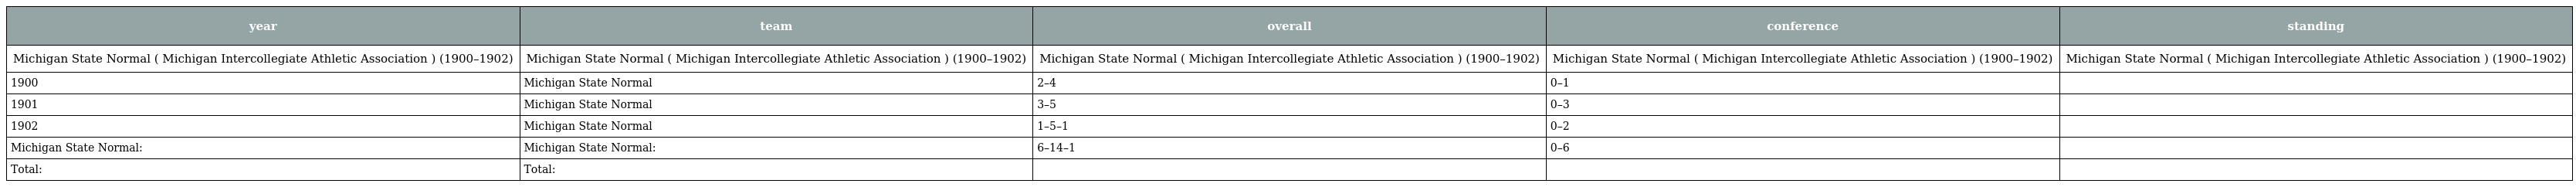
| year | team | overall | conference | standing |
 | --- | --- | --- | --- | --- |
 | Michigan State Normal ( Michigan Intercollegiate Athletic Association ) (1900–1902) | Michigan State Normal ( Michigan Intercollegiate Athletic Association ) (1900–1902) | Michigan State Normal ( Michigan Intercollegiate Athletic Association ) (1900–1902) | Michigan State Normal ( Michigan Intercollegiate Athletic Association ) (1900–1902) | Michigan State Normal ( Michigan Intercollegiate Athletic Association ) (1900–1902) |
 | 1900 | Michigan State Normal | 2–4 | 0–1 |  |
 | 1901 | Michigan State Normal | 3–5 | 0–3 |  |
 | 1902 | Michigan State Normal | 1–5–1 | 0–2 |  |
 | Michigan State Normal: | Michigan State Normal: | 6–14–1 | 0–6 |  |
 | Total: | Total: |  |  |  |